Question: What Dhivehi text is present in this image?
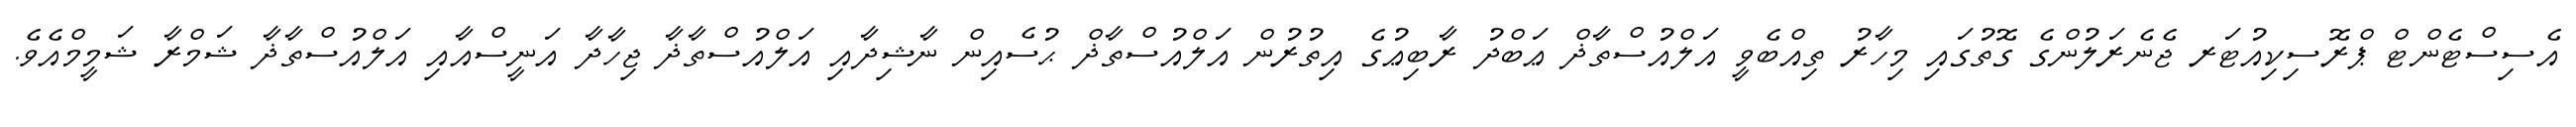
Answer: އެސިސްޓެންޓް ޕްރޮސިކިއުޓަރ ޖެނެރަލުންގެ ގޮތުގައި މިހާރު ތިއްބެވީ އަލްއުސްތާޛް ޢަބްދު ރާބިޢުގެ އިތުރުން އަލްއުސްތާޛް ޙުސެއިން ނާޝިދާއި އަލްއުސްތާޛާ ޖިހާދާ އަނީސްއާއި އަލްއުސްތާޛާ ޝަމްރާ ޝަމީމްއެވެ.